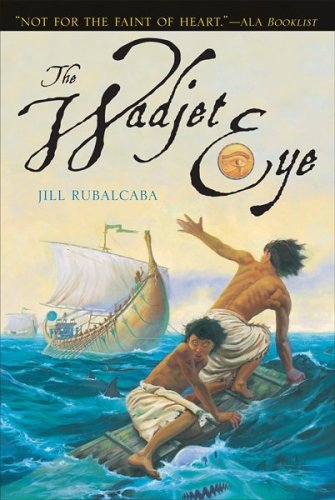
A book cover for The Wadjet Eye; Jill Rubalcaba; Travel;